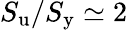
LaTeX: S_{\mathrm{u}}/S_{\mathrm{y}}\simeq 2